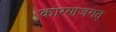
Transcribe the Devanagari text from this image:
कारणजगत्